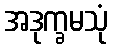
အဒုက္ခမသုံ